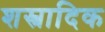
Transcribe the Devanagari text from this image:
शस्त्रादिक